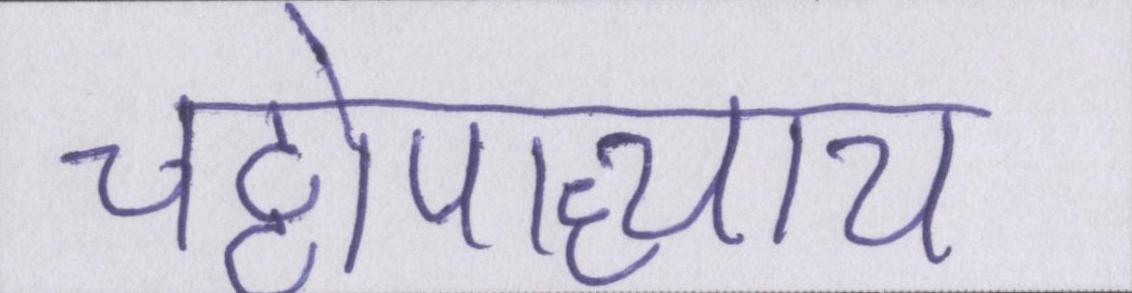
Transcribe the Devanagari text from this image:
चट्टोपाध्याय